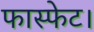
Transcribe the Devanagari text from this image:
फास्फेट।